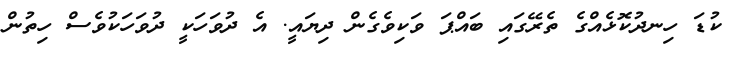
ކުޑަ ހިނދުކޮޅެއްގެ ތެރޭގައި ބައްޕަ ވަކިވެގެން ދިޔައީ. އެ ދުވަހަކީ ދުވަހަކުވެސް ހިތުން